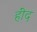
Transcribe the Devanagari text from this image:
हींद